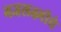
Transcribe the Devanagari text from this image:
गजलक्ष्मीचे